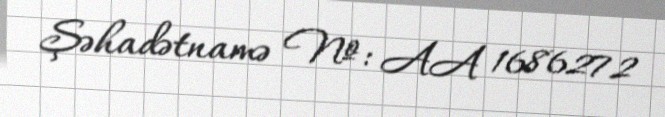
Şəhadətnamə №: AA 1686272